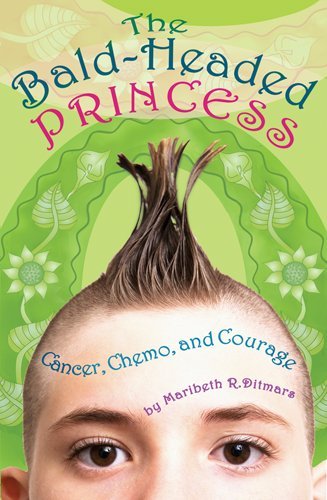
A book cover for The Bald-Headed Princess: Cancer, Chemo, and Courage; Maribeth R. Ditmars; Humor & Entertainment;